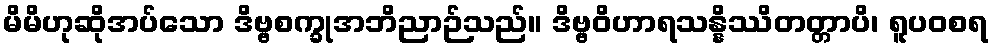
မိမိဟုဆိုအပ်သော ဒိဗ္ဗစက္ခုအဘိညာဉ်သည်။ ဒိဗ္ဗဝိဟာရသန္နိဿိတတ္တာပိ၊ ရူပဝစရ